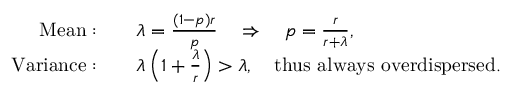
{ \begin{array} { r l } { { \mathrm { M e a n : } } \quad } & { \lambda = { \frac { ( 1 - p ) r } { p } } \quad \Rightarrow \quad p = { \frac { r } { r + \lambda } } , } \\ { { \mathrm { V a r i a n c e : } } \quad } & { \lambda \left( 1 + { \frac { \lambda } { r } } \right) > \lambda , \quad { \mathrm { t h u s ~ a l w a y s ~ o v e r d i s p e r s e d } } . } \end{array} }